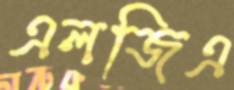
এলজিএ